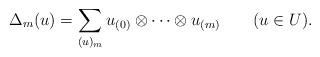
LaTeX: \begin{align*}\Delta_m(u)=\sum_{(u)_m}u_{(0)}\otimes\cdots\otimes u_{(m)}\qquad(u\in U).\end{align*}